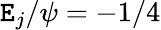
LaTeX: {\cal\mathtt{E}}_{j}/\psi=-1/4